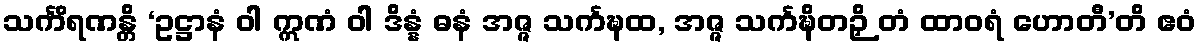
သင်္ကိရဏန္တိ ‘ဥဋ္ဌာနံ ဝါ ဣဏံ ဝါ ဒိန္နံ ဓနံ အဇ္ဇ သင်္ကဍ္ဎထ, အဇ္ဇ သင်္ကဍ္ဎိတဉှိ တံ ထာဝရံ ဟောတီ’တိ ဧဝံ